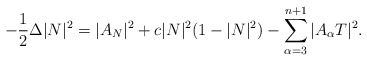
\begin{align*}-\frac{1}{2}\Delta|N|^2=|A_N|^2+c|N|^2(1-|N|^2)-\sum_{\alpha=3}^{n+1}|A_{\alpha}T|^2.\end{align*}